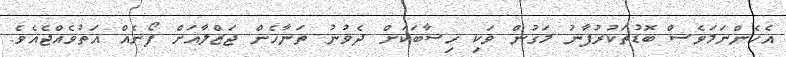
އެހެންނަމަވެސް ބޮޑުތަކުރުފާނު މަގުން ވަކި ހިސާބަކަށް ދެވުނު ތަނާހެން ޖަޒްލާއަށް ފޯނެއް އަތުވެއްޖެއެވެ.